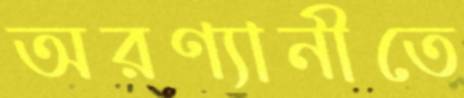
অরণ্যানীতে